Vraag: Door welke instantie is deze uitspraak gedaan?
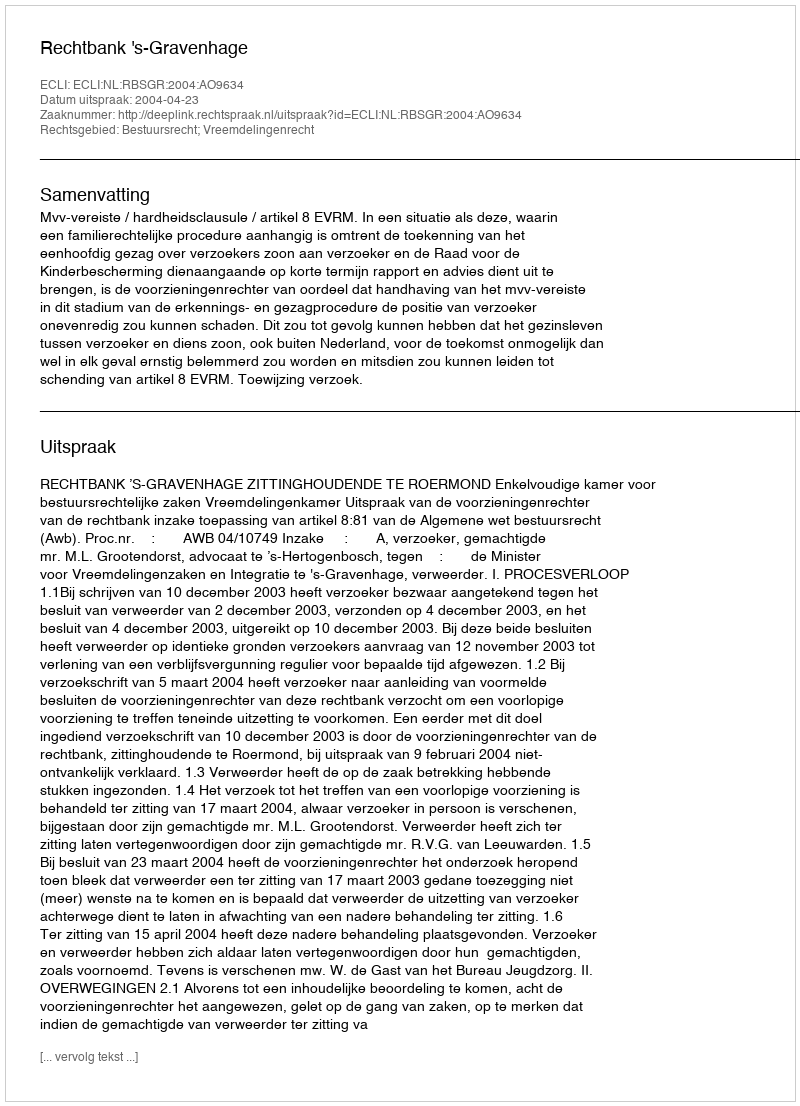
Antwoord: Rechtbank 's-Gravenhage